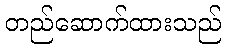
တည်ဆောက်ထားသည်